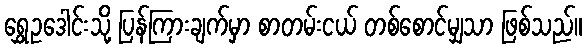
ရွှေဥဒေါင်းသို့ ပြန်ကြားချက်မှာ စာတမ်းငယ် တစ်စောင်မျှသာ ဖြစ်သည်။